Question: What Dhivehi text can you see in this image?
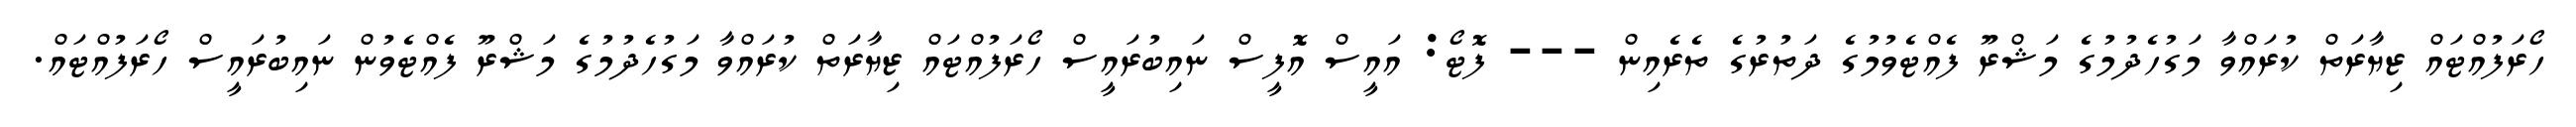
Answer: ހޯރަފުއްޓައް ޒިޔާރަތް ކުރައްވާ މަގުހެދުމުގެ މަޝްރޫ ފެއްޓެވުމުގެ ދަތުރުގެ ތެރެއިން --- ފޮޓޯ: އައީސް އޮފީސް ނައިބުރައީސް ހޯރަފުއްޓައް ޒިޔާރަތް ކުރައްވާ މަގުހެދުމުގެ މަޝްރޫ ފެއްޓެވުން ނައިބުރައީސް ހޯރަފުއްޓައް.